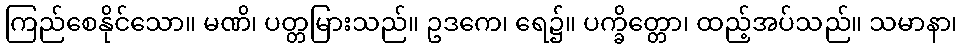
ကြည်စေနိုင်သော။ မဏိ၊ ပတ္တမြားသည်။ ဥဒကေ၊ ရေ၌။ ပက္ခိတ္တော၊ ထည့်အပ်သည်။ သမာနာ၊